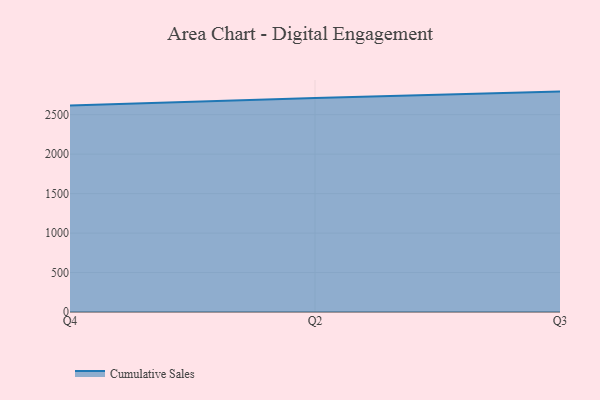
{"axis": {"x": "Quarter", "y": "Latency (ms)"}, "legend": ["Cumulative Sales"], "data": [{"x": "Q4", "y": 2617.9, "type": "Cumulative Sales"}, {"x": "Q2", "y": 2711.9, "type": "Cumulative Sales"}, {"x": "Q3", "y": 2792.9, "type": "Cumulative Sales"}]}